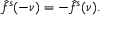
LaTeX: { \hat { f } } ^ { s } ( - \nu ) = - { \hat { f } } ^ { s } ( \nu ) .